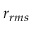
r _ { r m s }